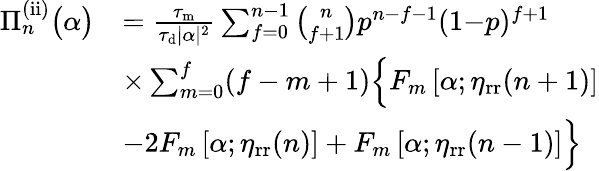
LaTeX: \begin{array}{rl}{\Pi_{n}^{\mathrm{(ii)}}\big(\alpha\big)}&{=\frac{\tau_{\mathrm{m}}}{\tau_{\mathrm{d}}|\alpha|^{2}}\sum_{f=0}^{n-1}\binom{n}{f+1}p^{n-f-1}(1{-}p)^{f+1}}\\ &{\times\sum_{m=0}^{f}(f-m+1)\Big\{ F_{m}\left[\alpha;\eta_{\mathrm{rr}}(n+1)\right]}\\ &{-2F_{m}\left[\alpha;\eta_{\mathrm{rr}}(n)\right]+F_{m}\left[\alpha;\eta_{\mathrm{rr}}(n-1)\right]\Big\} }\end{array}